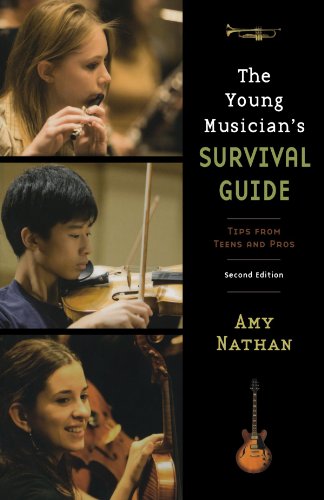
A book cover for The Young Musician's Survival Guide: Tips from Teens and Pros; Amy Nathan; Teen & Young Adult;